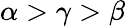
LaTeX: \alpha>\gamma>\beta